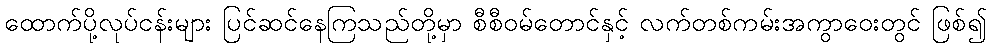
ထောက်ပို့လုပ်ငန်းများ ပြင်ဆင်နေကြသည်တို့မှာ စီစီဝမ်တောင်နှင့် လက်တစ်ကမ်းအကွာဝေးတွင် ဖြစ်၍